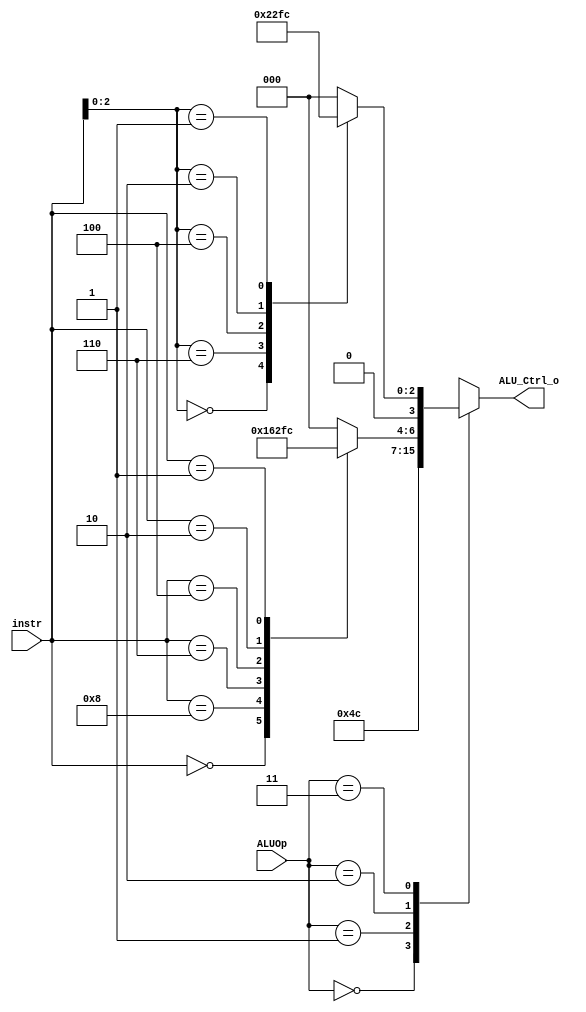
/***************************************************
Student Name:   (Lab5)
Student ID: 0816032 0816102
***************************************************/

`timescale 1ns/1ps

module ALU_Ctrl(
	input		[4-1:0]	instr,
	input		[2-1:0]	ALUOp,
	output wire	[4-1:0] ALU_Ctrl_o
);
	
	/* Write your code HERE */
	wire [2:0] func3;
 	assign func3 = instr[2:0]; // instr[14:12]

 	reg [3:0] ALU_Ctrl_o_reg;
 	assign ALU_Ctrl_o = ALU_Ctrl_o_reg;

	always @(*)
	begin
		case (ALUOp)
			2'b00: ALU_Ctrl_o_reg = 4'b0010; // lw, sw -> add
			2'b01: ALU_Ctrl_o_reg = 4'b0110; // beq -> sub
			2'b10: begin/*-----------R-type-----------*/
				case (instr)
					4'b0000: ALU_Ctrl_o_reg = 4'b0010; // add
					4'b1000: ALU_Ctrl_o_reg = 4'b0110; // sub
					4'b0111: ALU_Ctrl_o_reg = 4'b0000; // and
					4'b0110: ALU_Ctrl_o_reg = 4'b0001; // or
					4'b0100: ALU_Ctrl_o_reg = 4'b0011; // xor
					4'b0010: ALU_Ctrl_o_reg = 4'b0111; // slt
					4'b0001: ALU_Ctrl_o_reg = 4'b0100; // sll
					default: ALU_Ctrl_o_reg = 4'b0000;
				endcase
			end
			2'b11: begin/*-----------I-type-----------*/
				case (func3)
					3'b000: ALU_Ctrl_o_reg = 4'b0010; // addi
					3'b111: ALU_Ctrl_o_reg = 4'b0000; // andi
					3'b110: ALU_Ctrl_o_reg = 4'b0001; // ori
					3'b100: ALU_Ctrl_o_reg = 4'b0011; // xori
					3'b010: ALU_Ctrl_o_reg = 4'b0111; // slti
					3'b001: ALU_Ctrl_o_reg = 4'b0100; // slli
					default: ALU_Ctrl_o_reg = 4'b0000;
				endcase
			end
			default: ALU_Ctrl_o_reg = 4'b1111;
		endcase
	end

endmodule